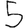
Digit: 5